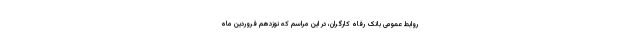
روابط عمومی بانک رفاه کارگران، در این مراسم که‌ نوزدهم فروردین ماه